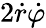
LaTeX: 2{\dot{r}}{\dot{\varphi}}